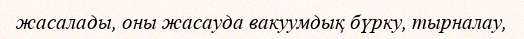
жасалады, оны жасауда вакуумдық бүрку, тырналау,